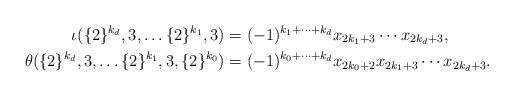
LaTeX: \begin{align*}\iota(\{2\}^{k_{d}},3,\dots\{2\}^{k_{1}},3) & =(-1)^{k_{1}+\cdots+k_{d}}x_{2k_{1}+3}\cdots x_{2k_{d}+3},\\\theta(\{2\}^{k_{d}},3,\dots\{2\}^{k_{1}},3,\{2\}^{k_{0}}) & =(-1)^{k_{0}+\cdots+k_{d}}x_{2k_{0}+2}x_{2k_{1}+3}\cdots x_{2k_{d}+3}.\end{align*}